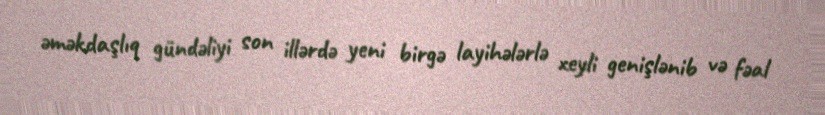
əməkdaşlıq gündəliyi son illərdə yeni birgə layihələrlə xeyli genişlənib və fəal